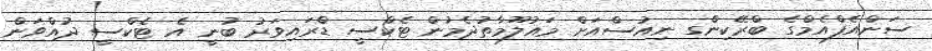
ސަންއެފްއެމްގެ ބްރޭކިންގ ނިއުސްއަށް މައުލޫމާތުދެމުން ޓެކްސީ ޑްރައިވަރު ބުނީ އެ ޓެކްސީ ދުއްވަން